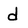
Character: d